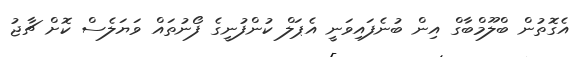
އެގޮތުން ބްލޫމްބާގް އިން ބުނެފައިވަނީ އެޕަލް ކުންފުނީގެ ފޯނުތައް ވަޔަލެސް ކޮށް ޗާޖު